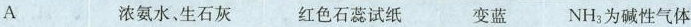
A 浓氨水，生石灰 红色石蕊试纸 变蓝